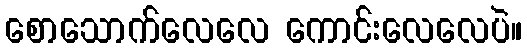
စောသောက်လေလေ ကောင်းလေလေပဲ။